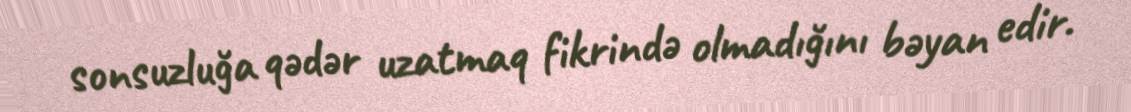
sonsuzluğa qədər uzatmaq fikrində olmadığını bəyan edir.